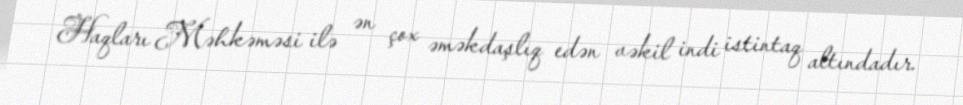
Haqları Məhkəməsi ilə ən çox əməkdaşlıq edən vəkil indi istintaq altındadır.